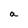
Character: a